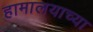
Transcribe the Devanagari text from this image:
हामालयाच्या